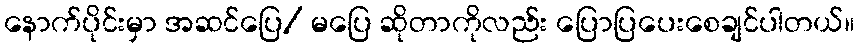
နောက်ပိုင်းမှာ အဆင်ပြေ/ မပြေ ဆိုတာကိုလည်း ပြောပြပေးစေချင်ပါတယ်။